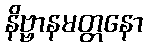
နိဗ္ဗာနမတ္တနော